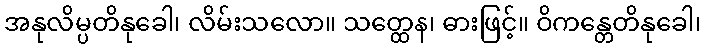
အနုလိမ္ပတိနုခေါ၊ လိမ်းသလော။ သတ္ထေန၊ ဓားဖြင့်။ ဝိကန္တေတိနုခေါ၊